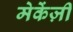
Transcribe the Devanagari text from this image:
मेकेंज़ी